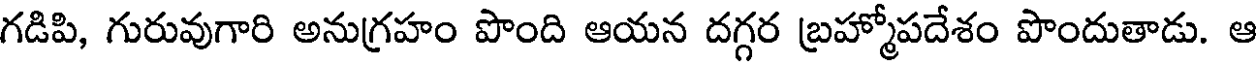
గడిపి, గురువుగారి అనుగ్రహం పొంది ఆయన దగ్గర బ్రహ్మోపదేశం పొందుతాడు. ఆ